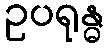
ဥပရုန္ဓ